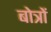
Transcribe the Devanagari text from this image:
बोत्रों